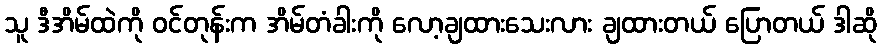
သူ ဒီအိမ်ထဲကို ဝင်တုန်းက အိမ်တံခါးကို လော့ချထားသေးလား ချထားတယ် ပြောတယ် ဒါဆို